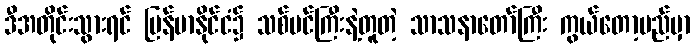
ဒီအတိုင်းသွားရင် မြန်မာနိုင်ငံ၌ သစ်ပင်ကြီးနဲ့တူတဲ့ သာသနာတော်ကြီး ကွယ်တော့မည်မှာ